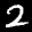
Label: 2